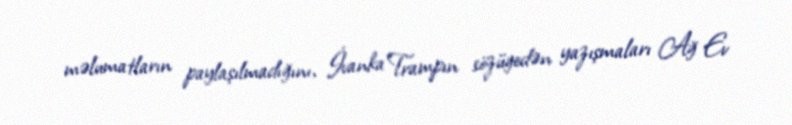
məlumatların paylaşılmadığını, İvanka Trampın sözügedən yazışmaları Ağ Ev